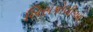
ખિસકોલીઓ